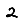
Digit: 2